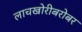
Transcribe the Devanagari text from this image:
लाचखोरीबरोबर